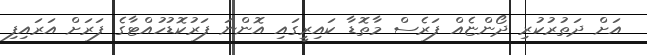
އަށް ދަތުރުކުރި ދޯންޏެއް ފަރެސް މާތޮޑާ ކައިރީގައި އޮންނަ ފަރުކޮޑުހުއްޓާގެ ފަރަށް އަރައިފި